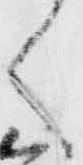
く